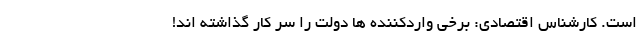
است. کارشناس اقتصادی: برخی واردکننده ها دولت را سر کار گذاشته اند!